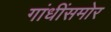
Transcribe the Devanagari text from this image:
गांधींसमोर